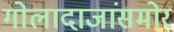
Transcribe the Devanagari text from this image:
गोलादाजांसमोर